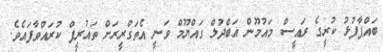
ބައްޕާފުޅު ކުރީގެ ރައީސް މައުމޫން އަބްދުލް ގައްޔޫމް ވަނީ އެތަގްރީރަށް ތައުރީފް ކުރައްވާފައެވެ.